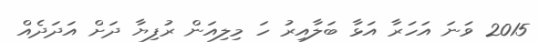
2015 ވަނަ އަހަރާ އަޅާ ބަލާއިރު ހަ މިލިއަން ރުފިޔާ ދަށް އަދަދެއް